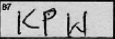
Transcription: KPW